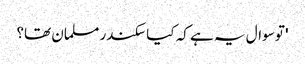
' تو سوال یہ ہے کہ کیا سکندر مسلمان تھا؟